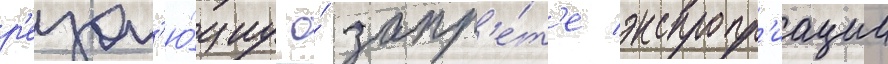
р'езол'ю́циу о́ запр'е́т'е экспропр'иации